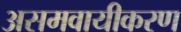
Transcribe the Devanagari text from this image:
असमवायीकरण